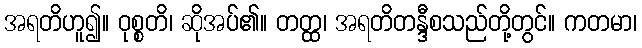
အရတိဟူ၍။ ဝုစ္စတိ၊ ဆိုအပ်၏။ တတ္ထ၊ အရတိတန္ဒီစသည်တို့တွင်။ ကတမာ၊